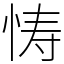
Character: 㤽